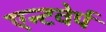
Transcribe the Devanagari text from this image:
एन्टवेर्प